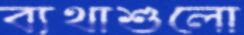
ব্যথাশুলো